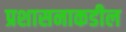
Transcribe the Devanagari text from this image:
प्रशासनाकडील